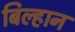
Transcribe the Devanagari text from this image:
बिल्हान